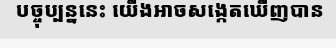
បច្ចុប្បន្ននេះ យើងអាចសង្កេតឃើញបាន